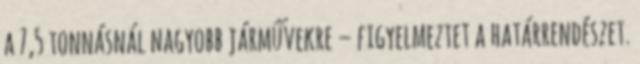
a 7,5 tonnásnál nagyobb járművekre – figyelmeztet a határrendészet.